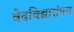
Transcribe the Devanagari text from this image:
वेदविद्यासंपन्न